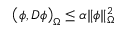
\big ( \phi , D \phi \big ) _ { \Omega } \leq \alpha \| \phi \| _ { \Omega } ^ { 2 }